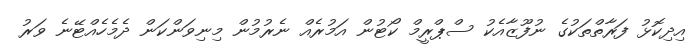
އިދިކޮޅު ފަރާތްތަކުގެ ނުފޫޒާއެކު ސްޕްރީމް ކޯޓުން އަމުރެއް ނެރުމުން މިނިވަންކަން ދެމެހެއްޓޭނެ ވަރު